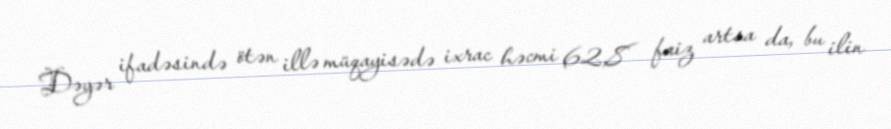
Dəyər ifadəsində ötən illə müqayisədə ixrac həcmi 62,8 faiz artsa da, bu ilin